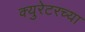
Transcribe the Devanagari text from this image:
क्युरेटरच्या